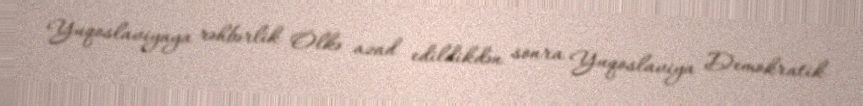
Yuqoslaviyaya rəhbərlik Ölkə azad edildikdən sonra Yuqoslaviya Demokratik